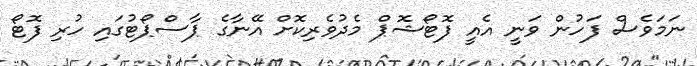
ނަމަވެސް ފަހުން ވަނީ އެއީ ފޮޓޯޝޮޕް މެދުވެރިކޮށް އޭނާގެ ޕާސްޕޯޓުގައި ހުރި ފޮޓޯ